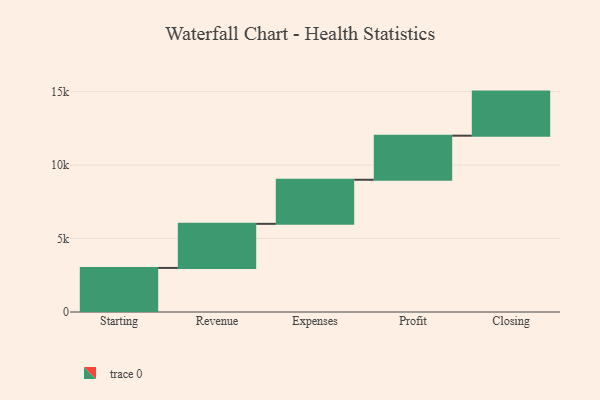
{"axis": {"x": "Step", "y": "Value"}, "legend": [""], "data": [{"x": "Starting", "y": 3000, "type": ""}, {"x": "Revenue", "y": 3000, "type": ""}, {"x": "Expenses", "y": 3000, "type": ""}, {"x": "Profit", "y": 3000, "type": ""}, {"x": "Closing", "y": 3000, "type": ""}]}